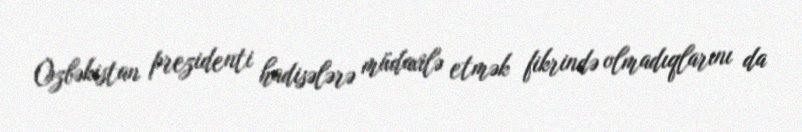
Özbəkistan prezidenti hadisələrə müdaxilə etmək fikrində olmadıqlarını da